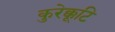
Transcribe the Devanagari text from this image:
कुरेक्कूटि